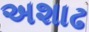
અશાઢ